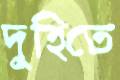
দুহিতে